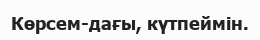
Көрсем-дағы, күтпеймін.